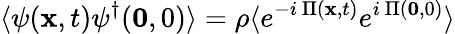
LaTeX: \langle\psi({\mathbf{x}},t)\psi^{\dagger}({\mathbf{0}},0)\rangle=\rho\langle e^{-i\mathrm{~}\Pi({\mathbf{x}},t)}e^{i\mathrm{~}\Pi({\mathbf{0}},0)}\rangle